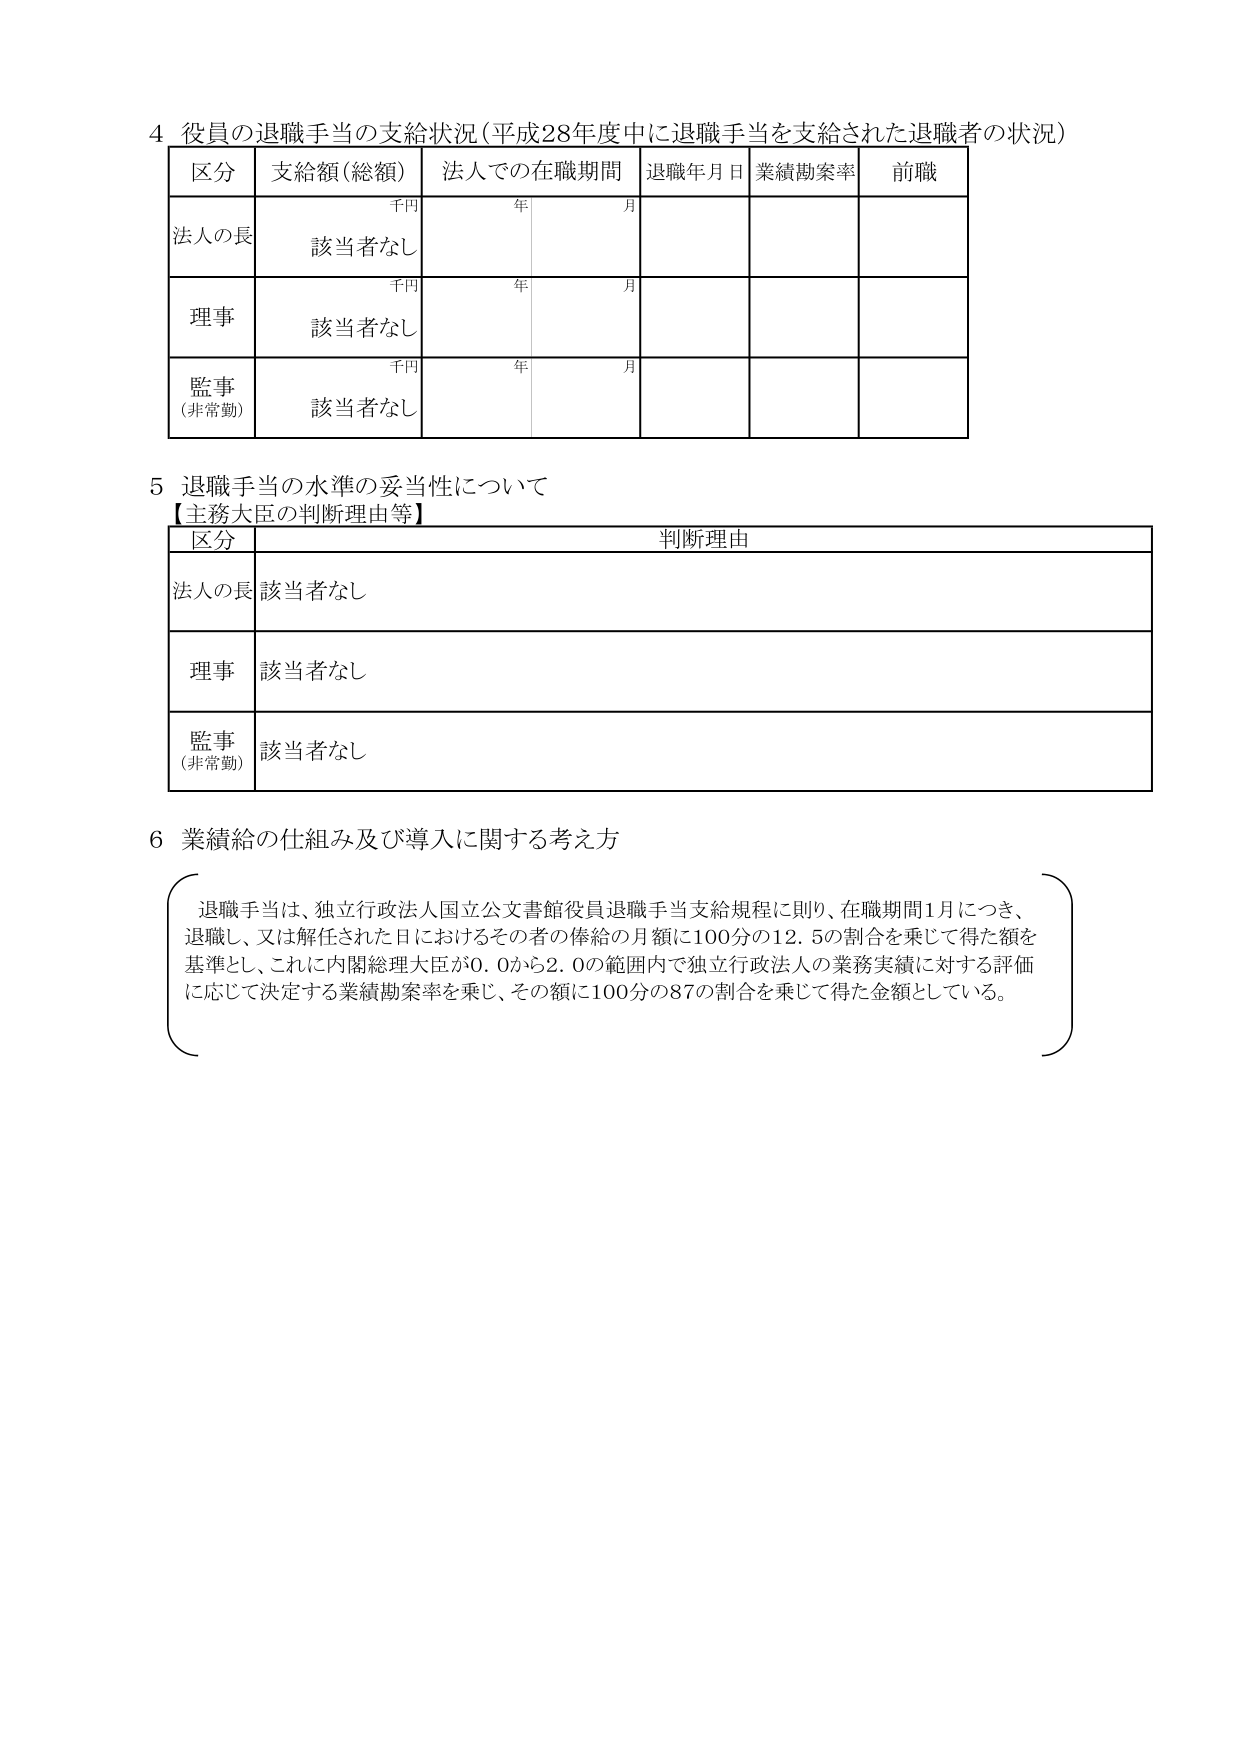
4 役員の退職手当の支給状況（平成28年度中に退職手当を支給された退職者の状況）

区分　支給額（総額）　法人での在職期間　退職年月日　業績勘案率　前職

千円　年　月
法人の長　該当者なし

千円　年　月
理事　該当者なし

千円　年　月
監事（非常勤）　該当者なし

5 退職手当の水準の妥当性について
【主務大臣の判断理由等】

区分　判断理由

法人の長　該当者なし

理事　該当者なし

監事（非常勤）　該当者なし

6 業績給の仕組み及び導入に関する考え方

退職手当は、独立行政法人国立公文書館役員退職手当支給規程に則り、在職期間1月につき、
退職し、又は解任された日におけるその者の俸給の月額に100分の12.5の割合を乗じて得た額を
基準とし、これに内閣総理大臣が0.0から2.0の範囲内で独立行政法人の業務実績に対する評価
に応じて決定する業績勘案率を乗じ、その額に100分の87の割合を乗じて得た金額としている。